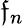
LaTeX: \mathfrak{f}_{n}